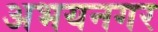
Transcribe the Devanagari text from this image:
अभयनगर